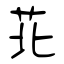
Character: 苝